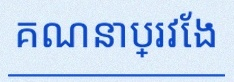
គណនាប្រវែង